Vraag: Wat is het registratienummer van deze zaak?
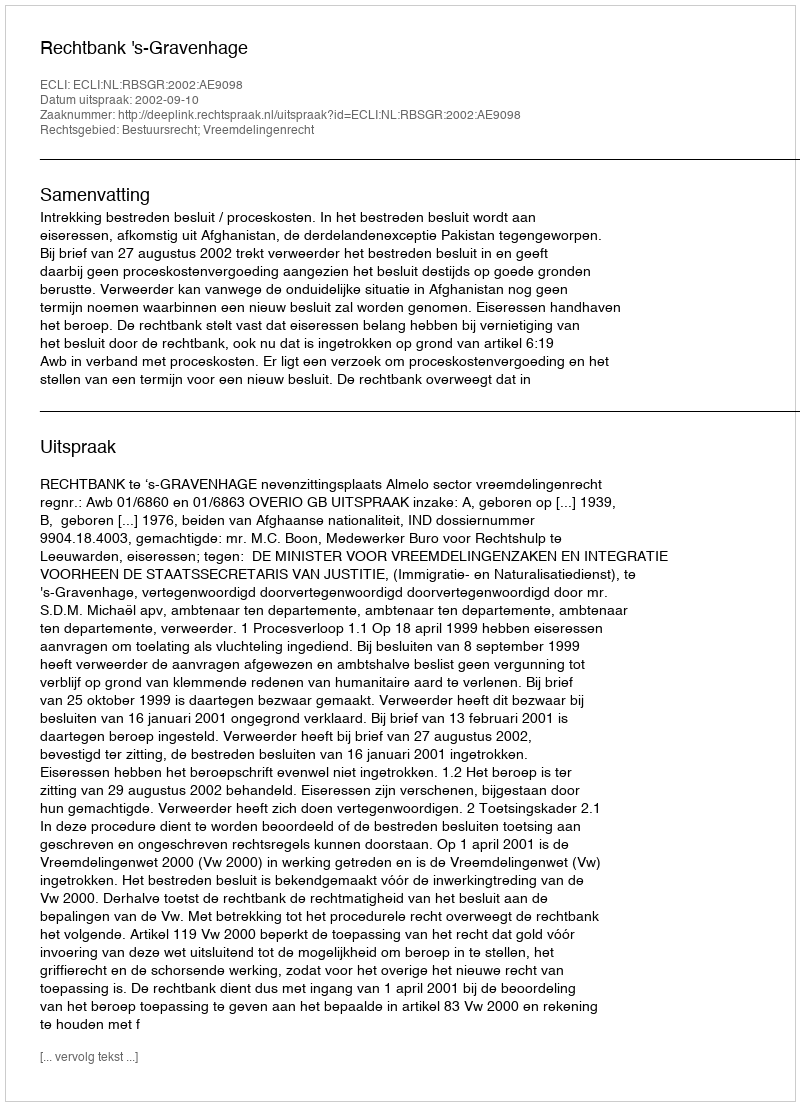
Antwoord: http://deeplink.rechtspraak.nl/uitspraak?id=ECLI:NL:RBSGR:2002:AE9098